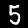
Digit: 5